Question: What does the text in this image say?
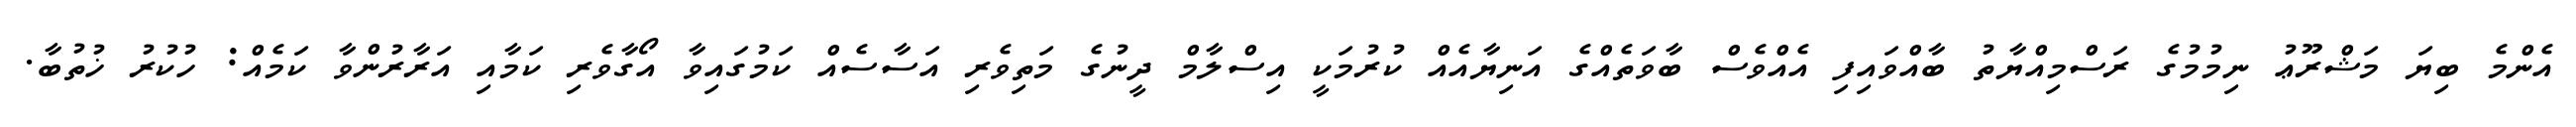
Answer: އެންމެ ބިޔަ މަޝްރޫޢު ނިމުމުގެ ރަސްމިއްޔާތު ބާއްވައިފި އެއްވެސް ބާވަތެއްގެ އަނިޔާއެއް ކުރުމަކީ އިސްލާމް ދީނުގެ މަތިވެރި އަސާސެއް ކަމުގައިވާ އޯގާވެރި ކަމާއި އަރާރުންވާ ކަމެއް: ހުކުރު ޚުތުބާ.